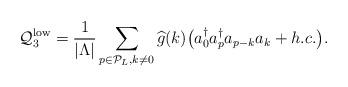
LaTeX: \begin{align*}\mathcal Q_3^{\rm{low}} = \frac{1}{\vert \Lambda \vert} \sum_{p \in \mathcal P_L, k \neq 0} \widehat g(k) \big( a_0^\dagger a_p^\dagger a_{p-k} a_k + h.c. \big) .\end{align*}